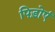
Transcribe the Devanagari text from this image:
पिड़ोएं